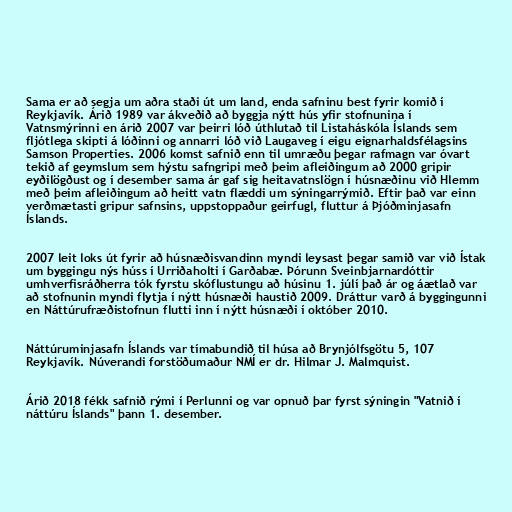
Sama er að segja um aðra staði út um land, enda safninu best fyrir komið í
Reykjavík. Árið 1989 var ákveðið að byggja nýtt hús yfir stofnunina í
Vatnsmýrinni en árið 2007 var þeirri lóð úthlutað til Listaháskóla Íslands sem
fljótlega skipti á lóðinni og annarri lóð við Laugaveg í eigu eignarhaldsfélagsins
Samson Properties. 2006 komst safnið enn til umræðu þegar rafmagn var óvart
tekið af geymslum sem hýstu safngripi með þeim afleiðingum að 2000 gripir
eyðilögðust og í desember sama ár gaf sig heitavatnslögn í húsnæðinu við Hlemm
með þeim afleiðingum að heitt vatn flæddi um sýningarrýmið. Eftir það var einn
verðmætasti gripur safnsins, uppstoppaður geirfugl, fluttur á Þjóðminjasafn
Íslands.

2007 leit loks út fyrir að húsnæðisvandinn myndi leysast þegar samið var við Ístak
um byggingu nýs húss í Urriðaholti í Garðabæ. Þórunn Sveinbjarnardóttir
umhverfisráðherra tók fyrstu skóflustungu að húsinu 1. júlí það ár og áætlað var
að stofnunin myndi flytja í nýtt húsnæði haustið 2009. Dráttur varð á byggingunni
en Náttúrufræðistofnun flutti inn í nýtt húsnæði í október 2010.

Náttúruminjasafn Íslands var tímabundið til húsa að Brynjólfsgötu 5, 107
Reykjavík. Núverandi forstöðumaður NMÍ er dr. Hilmar J. Malmquist.

Árið 2018 fékk safnið rými í Perlunni og var opnuð þar fyrst sýningin "Vatnið í
náttúru Íslands" þann 1. desember.